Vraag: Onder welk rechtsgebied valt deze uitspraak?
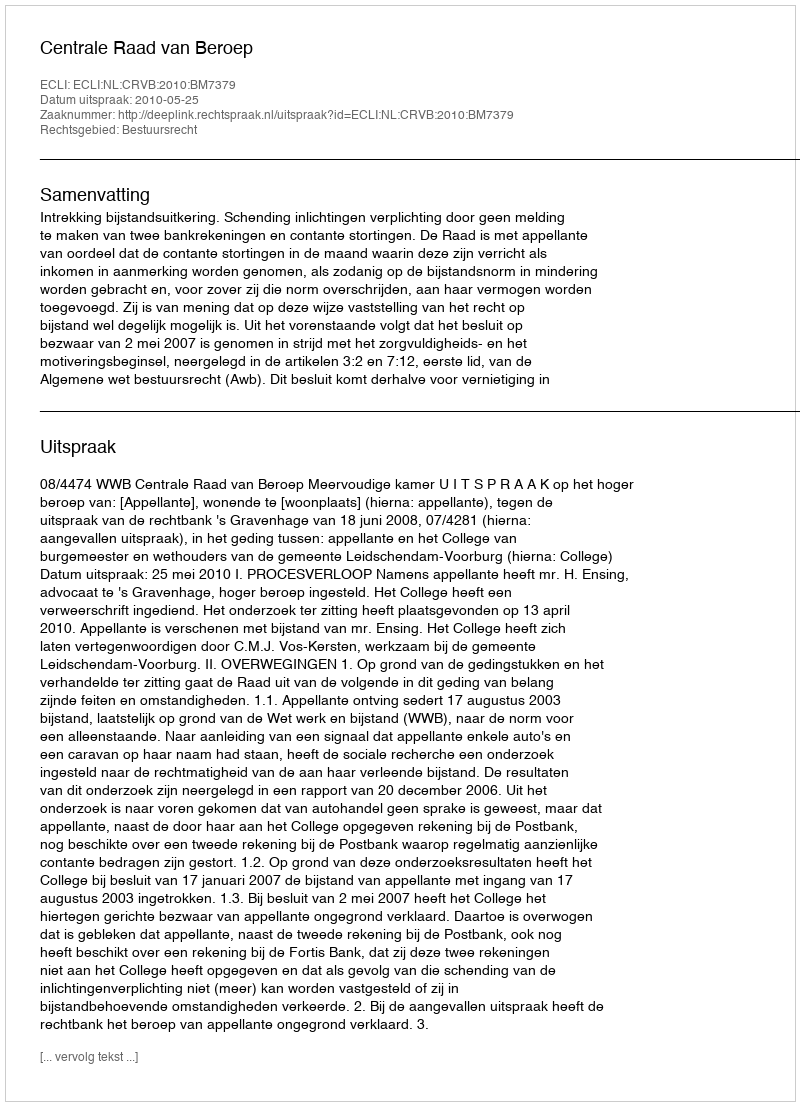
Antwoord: Bestuursrecht